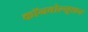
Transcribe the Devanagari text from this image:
कॉनवोल्यूशन